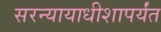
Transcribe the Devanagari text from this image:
सरन्यायाधीशापर्यंत